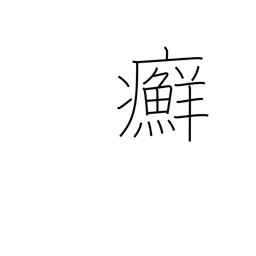
Meaning: ringworm